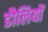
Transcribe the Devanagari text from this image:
डौलियों